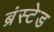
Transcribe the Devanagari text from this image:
ब्रंस्टेड